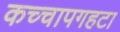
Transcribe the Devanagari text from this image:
कच्चापगहटा